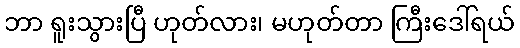
ဘာ ရူးသွားပြီ ဟုတ်လား၊ မဟုတ်တာ ကြီးဒေါ်ရယ်